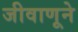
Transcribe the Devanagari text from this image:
जीवाणूने